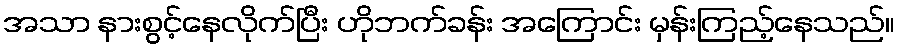
အသာ နားစွင့်နေလိုက်ပြီး ဟိုဘက်ခန်း အကြောင်း မှန်းကြည့်နေသည်။